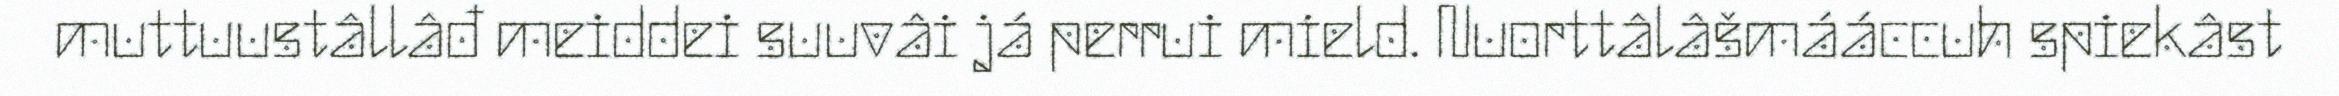
muttuustâllâđ meiddei suuvâi já perrui mield. Nuorttâlâšmááccuh spiekâst